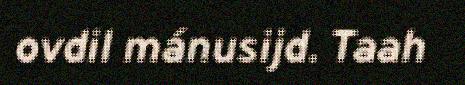
ovdil mánusijd. Taah